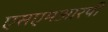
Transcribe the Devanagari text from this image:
एसएमआरपी